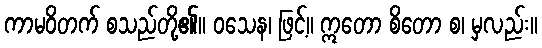
ကာမဝိတက် စသည်တို့၏။ ဝသေန၊ ဖြင့်။ ဣတော စိတော စ၊ မှလည်း။